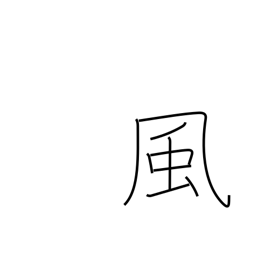
Meaning: style